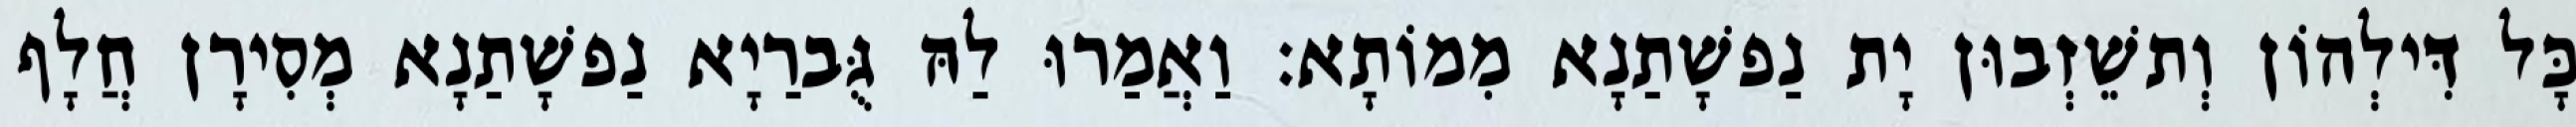
כָּל דִּילְהוֹן וְתשֵׁזְבוּן יָת נַפשָׁתַנָא מִמוֹתָא׃ וַאֲמַרוּ לַהּ גֻּברַיָא נַפשָׁתַנָא מְסִירָן חֲלָף